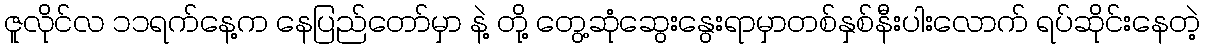
ဇူလိုင်လ ၁၁ရက်နေ့က နေပြည်တော်မှာ နဲ့ တို့ တွေ့ဆုံဆွေးနွေးရာမှာတစ်နှစ်နီးပါးလောက် ရပ်ဆိုင်းနေတဲ့